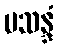
ပသန္ဒံ